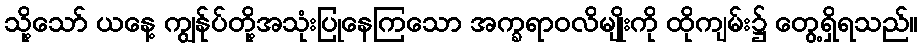
သို့သော် ယနေ့ ကျွန်ုပ်တို့အသုံးပြုနေကြသော အက္ခရာဝလိမျိုးကို ထိုကျမ်း၌ တွေ့ရှိရသည်။